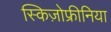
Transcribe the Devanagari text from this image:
स्किज़ोफ्रीनिया